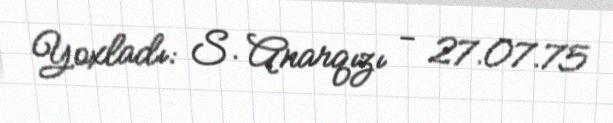
Yoxladı: S. Anarqızı - 27.07.75